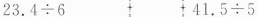
$$23.4\div 6$$ $$41.5\div 5$$